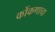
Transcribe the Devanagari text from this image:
कोंकणाचा